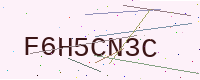
Text: F6H5CN3C